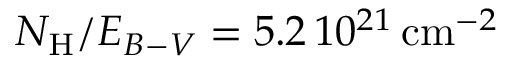
N _ { \mathrm { H } } / E _ { B - V } = 5 . 2 \, 1 0 ^ { 2 1 } \, \mathrm { c m } ^ { - 2 }